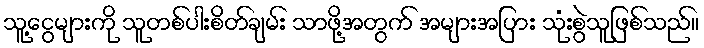
သူ့ငွေများကို သူတစ်ပါးစိတ်ချမ်း သာဖို့အတွက် အများအပြား သုံးစွဲသူဖြစ်သည်။